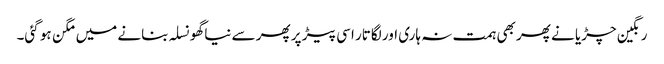
رنگین چڑیا نے پھر بھی ہمت نہ ہاری اور لگاتار اسی پیڑ پر پھر سے نیا گھونسلہ بنانے میں مگن ہو گئی۔